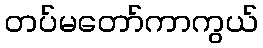
တပ်မတော်ကာကွယ်